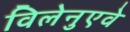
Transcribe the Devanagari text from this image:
विलेनुएवे